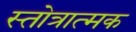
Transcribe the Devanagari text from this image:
स्तोत्रात्मक